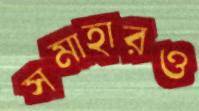
সমাহারও